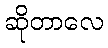
ဆိုတာလေ